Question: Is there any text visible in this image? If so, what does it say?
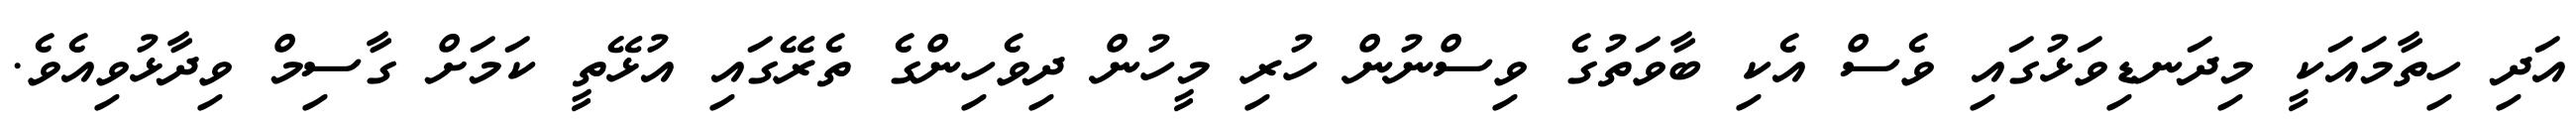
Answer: އަދި ހިތާމައަކީ މިދަނޑިވަޅުގައި ވެސް އެކި ބާވަތުގެ ވިސްނުން ހުރި މީހުން ދިވެހިންގެ ތެރޭގައި އުޅޭތީ ކަމަށް ގާސިމް ވިދާޅުވިއެވެ.